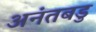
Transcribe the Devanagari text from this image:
अनंतबडु